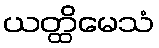
ယတ္ထိမေသံ